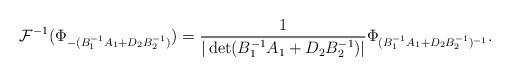
LaTeX: \begin{align*}\mathcal{F}^{-1}(\Phi_{-(B_1^{-1}A_1+D_2B_2^{-1})})=\frac{1}{|\det(B_1^{-1}A_1+D_2B_2^{-1})|}\Phi_{(B_1^{-1}A_1+D_2B_2^{-1})^{-1}}.\end{align*}